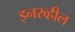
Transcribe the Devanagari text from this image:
इनरव्हील